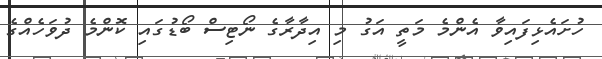
ހުށައެޅިފައިވާ އެންމެ މަތީ އަގު މި އިދާރާގެ ނޯޓިސް ބޯޑުގައި ކޮންމެ ދުވަހެއްގެ